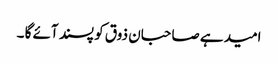
امید ہے صاحبان ذوق کو پسند آئے گا ۔